Vital statistics of India. Vol. IV, Annual returns from 1871 to 1876. British Army of India, Native Army and jails of Bengal
Year: 1871
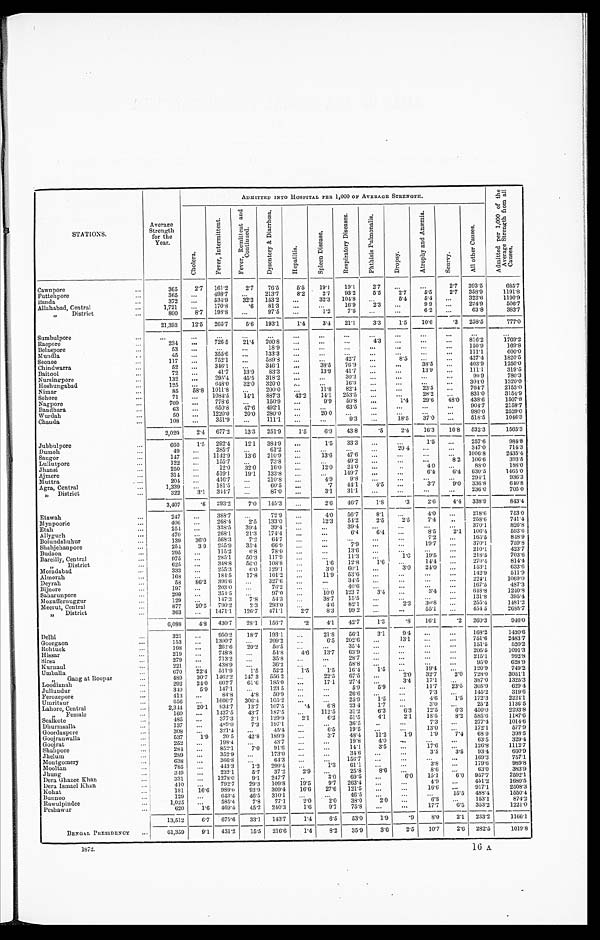
STATIONS.
Average
Strength
for the
Year.
ADMITTED INTO HOSPITAL PER 1,000 OF AVERAGE STRENGTH.
A d m i t t e d p e r 1 , 0 0 0 o f t h e A v e r a g e S t r e n g t h f r o m a l l C a u s e s .
C h o l e r a .
F e v e r , I n t e r m i t t e n t .
F e v e r , R e m i t t e n t a n d C o n t i n u e d .
D y s e n t e r y & D i a r r h œ a .
H e p a t i t s .
S p l e e n D i s e a s e .
R e s p i r a t o r y D i s e a s e s .
P h t h i s i s P u l o m o n a l i s .
D r o p s y .
A t r o p h y a n d A n æ m i a .
S c u r v y .
A l l o t h e r C a u s e s .
Cawnpore . . .
365
2.7
161.2
2.7
76.5
5.5
19.1
19.1
2.7
. . .
. . .
2.7 393.5
685.7
Futtehpore . . .
365
. . . 498.7
. . . 213.7
8.2
2.7
93.2
5.5
2.7
5.5
2.7
358.9
1191.8
Banda . . .
372
. . . 534.9
32.3
1 5 3 . 2
. . .
32.3
104.8
. . .
5.4
5.4
. . . 322.6
1190.9
Allahabad, Central . . .
1,721
. . . 170.8
.6
81.3
. . .
. . .
16.9 2.3
. . .
9.9
. . . 224.9
506.7
" District . . .
800
8.7
198.8
. . . 97.5
. . .
1.2
7.5
. . .
. . .
6.2
. . . 63.8
383.7
21,393
12.5 265.7
5.6
193.1
1.4
3.4
21.1
3.3
1.5
10.6
.3
258.5
777.0
Sumbulpore . . .
. . .
. . . . . .
. . .
. . .
. . .
. . .
. . .
. . .
. . .
. . .
. . .
. . .
. . .
Raepore . . .
234
. . . 726.5
21.4 200.8
. . .
. . .
. . .
4.3
. . .
. . .
. . . 816.2
1 7 6 9 . 2
Belaspore . . .
53
. . .
. . .
. . .
18.9
. . .
. . .
. . .
. . .
. . .
. . .
. . . 150.9
1 6 9 . 8
Mundla . . .
45
. . . 355.6
. . . 133.3
. . .
. . .
. . .
. . .
. . .
. . .
. . . 111.1
600.0
Seonee . . .
117
. . . 752.1
. . . 589.8
. . .
. . .
42.7
. . .
8.5
. . .
. . .
427. 4
1820.5
Chindwarra . . .
52
. . . 346.1
. . . 346.1
. . .
38.5
7 6 . 9
. . .
. . .
38.5
. . . 403.9
1250.0
Baitool . . .
72
. . . 41.7
13.9
8 3 . 3
. . .
13.9
41.7
. . .
. . .
13.9
. . . 111.1
319.5
Nursingpore . . .
132
. . . 295.4
45.5
318.2
. . .
. . .
30.3
. . .
. . .
. . .
. . .
90.9
780.3
Hoshungabad . . .
125
. . . 648.0
32.0 320.0
. . .
. . .
16.0
. . .
. . .
. . .
. . . 304.0
1320.0
Nimar . . .
85
58.8 1011.8
. . . 200.0
. . .
11.8
82.4
. . .
. . .
23.5
. . . 764.7
2153.0
Sehore . . .
71
. . . 1084.5
14.1
887.3
4 2 . 2
1 4 . 1 253.5
. . .
. . .
28.2
. . . 831.0
3154.9
Nagpore . . .
709
. . . 778.6
. . .
150. 9
. . .
9.9
50.8
. . .
1.4
29.6
48.0
438.6
1507.8
Bandhara . . .
63
. . .
650.8
4 7 . 6 492.1
. . .
. . .
63.5
. . .
. . .
. . .
. . . 904.7
2158.7
Wurdah . . .
50
. . . 1220.0
20.0
280.0
. . .
20.0
. . .
. . .
. . .
. . .
. . . 980.0
2520.0
Chanda . . .
108
. . . 351.9
. . . 111.1
. . .
. . .
9.3
. . .
18.5
37.0
. . . 518.5
1046.3
2,029
2.4
677.2
13.3
251.9
1.5
6.9
43.8
.5
2.4
16.3
16.8
532.3
1565.3
Jubbulpore . . .
660
1.5
292.4
12.1
384.9
. . .
1.5
33.3
. . .
. . .
1.5
. . .
257.6
984.8
Dumoh . . .
49
. . . 285.7
. . .
61.2
. . .
. . .
. . .
. . .
20.4
. . .
. . . 347.0
714.3
Saugor . . .
147
. . . 1142.9
13.6
210.9
. . .
13.6
47.6
. . .
. . .
. . .
. . . 1006.8
2435.4
Lullutpore . . .
122
. . 155.7
. . .
73.8
. . .
. . .
49.2
. . .
. . .
. . .
8.2
106.6
393.5
Jhansi . . .
250
. . .
12.0
32.0
16.0
. . .
12.0
24.0
. . .
. . .
4.0
. . .
88.0
188.0
Ajmere . . .
314
. . . 519.1
19.1
133.8
. . .
. . .
149.7
. . .
. . .
6.4
6.4
630.5
1465.0
Muttra . . .
204
. . . 416.7
. . .
210.8
. . .
4.9
9.8
. . .
. . .
. . .
. . . 294.1
936.3
Agra, Central . . .
1,339
. . . 181.5
. . .
60.5
. . .
.7
44.1
4.5
. . .
3.7
9.0
336.8
640.8
" District . . .
322
3.1
3 4 4 . 7
. . .
87.0
. . .
3.1
31.1
. . .
. . .
. . .
. . . 236.0
705.0
3,407
.6
293.2
7.0
145.3
. . .
2.6
46.7
1.8
.3
2.6
4.4 338.9
843.4
Etawah . . .
247
. . . 388.7
. . .
72.9
. . .
4 . 0
56.7
8.1
. . .
4 . 0
218.6
218.6
753.0
Mynpoorie . . .
406
. . . 268.4
2.5 133.0
. . .
12.3
54.2
2.5
2.5
7.4
. . . 258.6
741.4
Etah . . .
254
. . . 338.5
39.4
39.4
. . .
. . .
39.4
. . .
. . .
. . .
. . . 370.1
826.8
Allygurh
. . .
470
. . . 268.1
21.3
174.4
. . .
. . .
6.4
6.4
. . .
8.5
2.1 106.4
593.6
Bolundshuhur . . .
139
36.0
568.3
7.2
64.7
. . .
. . .
. . .
. . .
. . .
7.2
. . . 165.5
848.9
Shahjehanpore
254
3.9 255.9
35.4
66.9
. . .
. . .
7.9
. . .
. . .
19.7
. . . 370.l
759.8
Budaon . . .
295
. . . 115.2
6.8
78.0
. . .
. . .
13.6
. . .
. . .
. . .
. . . 210.1
423.7
Bareilly, Central . . .
975
. . . 285.1
50.3
117.9
. . .
. . .
11.3
. . .
1.0
19.5
. . . 218.5
703.6
" District . . .
625
. . . 348.8
56.0
108.8
. . .
1.6
12.8
1.6
. . .
1 4 . 4
. . .
2 7 0 . 4
8 1 4 . 4
Moradabad . . .
333
. . . 255.3
6.0
129.1
. . .
3.0
60.1
. . .
3.0 24.0
. . .
1 5 3 . 1
6 3 3 . 6
Almorah . . .
168
. . . 184.5
17.8
101.2
. . .
11.9
53.6
. . .
. . .
. . .
. . .
1 4 2 . 9
5 1 1 . 9
Deyrah . . .
53
86.2
396.6
. . .
327.6
. . .
. . .
34.5
. . .
. . .
. . .
. . .
2 2 4 . 1
1 0 6 9 . 0
Bijnore . . .
197
. . . 203.0
. . .
76.2
. . .
. . .
40.6
. . .
. . .
. . .
. . .
1 6 7 . 5
487.3
Saharunpore . . .
299
. . . 354.5
. . .
97.0
. . .
10.0 123.7
3.4
. . .
3 . 4
. . .
6 4 8 . 8
1 2 4 0 . 8
Mozuffernuggur . . .
129
. . . 147.3
7.8
54.3
. . .
38.7
15.5
. . .
. . .
. . .
. . .
1 3 1 . 8
3 9 5 . 4
Meerut, Central . . .
877
20.5 790.2
2.3
293.0
. . .
4.6
82.1
. . .
2 . 3
3 0 . 8
. . .
2 5 5 . 4
1 4 8 1 . 2
" District . . .
363
. . . 1471.1
126.7 471.1
2.7
8.3
99.2
. . .
. . .
5 5 . 1
. . .
4 5 4 . 5
2 9 8 8 . 7
6,088
4.8 430.7
28.1
156.7
.2
4.1
42.7
1.3
. 8
16.1
.2
260.3
946.0
Delhi . . .
321
. . . 950.2
18.7
193.1
. . .
21.8
56.1
3.1
9.4
. . .
. . . 168.2
1420.6
Goorgaon . . .
153
. . . 1300.7
. . .
209.2
. . .
6.5
202.6
. . .
13.1
. . .
. . .
7 5 1 . 6
2 4 8 3 . 7
Rohtuck . . .
198
. . . 262.6
20.2
50.5
. . .
. . .
35.4
. . .
. . .
. . .
. . .
1 5 1 . 5
5 2 0 . 2
Hissar . . .
219
. . . 748.8
. . .
54.8
4.6
13.7
6 3 . 9
. . . . . .
. . .
. . .
2 0 5 . 5
1 0 9 1 . 3
Sirsa . . .
279
. . . 713.2
. . .
3 5 . 8
. . .
. . .
2 8 . 7
. . .
. . .
. . .
. . .
2 1 5 . 1
9 9 2 . 8
Kurnaul . . .
221
. . . 438.9
. . .
36.2
. . .
. . .
58.8
. . .
. . .
. . .
. . .
9 5 . 0
6 2 8 . 9
Umballa . . .
670
22.4
511.9
1.5
52.2
1.5
1.5
16.4
1.5
. . .
1 9 . 4
. . .
1 2 0 . 9
7 4 9 . 2
" Gang at Roopar . . .
489
30.7 1462.2
147.3
556.2
. . .
22.5
67.5
. . .
2 . 0
3 2 . 7
2 . 0
7 2 8 . 0
3 0 5 1 . 1
Loodianah . . .
292
24.0 602.7
61.6
185.0
. . .
17.1
27.4
. . .
3 . 4
17.1
. . .
3 8 7 . 0
1 3 2 5 . 3
Jullundur . . .
340
5.9
147.1
. . .
123.5
. . .
. . .
5.9
5 . 9
. . .
11.7
23.5
3 0 5 . 9
6 2 9 . 4
Ferozepore . . .
413
. . .
84.8
4.8
50.9
. . .
. . .
26.6
. . .
. . .
7 . 3
. . .
1 4 5 . 2
3 1 9 . 6
Umritsur . . .
656
. . . 1606.7 306.4
105.2
. . .
. . .
25.9
1.5
. . .
4 . 6 .
1 . 5
1 7 2 . 3
2 2 2 4 . 1
Lahore, Central . . .
2,314
20.1
934.7
13.7
107.5
. 4
6.8
23.4
1.7
. . .
3.0
. . .
25.2
1136.5
Female . . .
160
. . . 1437.5
43.7
187.5
. . .
112.5
31.2
6.3
6.3
12.5
6.3
450.0
2293.8
Sealkote . . .
485
. . . 377.3
2.1
129.9
2.1
6.2
51.5
4 . 1
2 . 1
18.5
8.2
585.6
1187.6
Dhurrosalla . . .
137
. . . 489.0
7.3
197.1
. . .
. . .
36.5
. . .
. . .
7 . 3
. . .
2 7 7 . 4
1014.6
Goordaspore . . .
308
. . . 321.4
. . .
45.4
. . .
6.5
19.5
. . .
. . .
1 3 . 0
. . .
1 7 2 . 1
5 7 7 . 9
Goojranwalla . . .
537
1.9
20.5
42.8
189.9
. . .
3.7
48.4
11.2
1 . 91.9
7 . 4
68.9
3 9 8 . 5
Goojrat . . .
252
. . . 198.4
. . .
13.7
. . .
. . .
19.8
4 . 0
. . .
. . .
. . .
6 3 . 5
329.4
Shalipore . . .
284
. . . 852.1
7.0
91.6
. . .
. . .
14.1
3 . 5
. . .
1 7 . 6
. . .
1 2 6 . 8
1 1 1 2 . 7
Jhelum . . .
289
. . . 352.9
. . .
173.0
. . .
. . .
3 4 . 6
. . .
. . .
3 . 5
3.5
9 3 . 4
6 6 0 . 9
Montgomery . . .
6.38
. . . 350.8
. . .
64.3
. . .
. . .
1 5 6 . 7
. . .
. . .
. . .
. . .
1 6 9 . 3
7 5 7 . 1
Mooltan . . .
785
. . . 443.3
1.3
299.4
. . .
1 . 3
6 1 . 1
. . .
. . .
3 . 8
. . .
1 7 9 . 6
9 8 9 . 8
Jhung . . .
349
. . . 232.1
5.7
37.2
2.9
. . .
25.8
8.6
. . .
8 . 6
. . .
6 3 . 0
3 8 3 . 9
Dera Ghazee Khan . . .
331
. . . 1278.
9. 247.
. . .
3.0
69.5
. . .
6.0
15.1
6.0
9 5 7 . 7
2592.1
Dera Ismael Khan . . .
410
. . . 792.7
29.3 109.8
19.5
9.7
263.4
. . .
. . .
4 . 9
. . .
4 5 1 . 2
1 6 8 0 . 5
Kohat . . .
181
16.6
989.0
93.9
309.4
16.6
27.6
121.5
. . .
. . .
1 6 . 6
. . .
9 1 7 . 2
2 5 0 8 . 3
Bunnoo . . .
129
. . . 643.4
46.5 310.1
. . .
. . .
46.5
. . .
. . .
. . .
15.5
488.4
1550.4
Rawulpindee . . .
1,025
. . . 581.4
7.8
77.1
2.0
2.0
38.0
2.0
. . .
6 . 8
. . .
1 5 3 . 1
8 7 4 . 2
Peshawur . . .
620
1.6
469.4
45.2
240.3
1.6
9.7
75.8
. . .
. . .
1 7 . 7
6.5
3 5 3 . 2
1 2 2 1 . 0
13,512
6.7
675.6
33.1
148.7
1.4
6 .5
53.0
1.9
.9
8.0
2.1
233.2
1166.1
BENGAL PRESIDENCY
. . .
61,359
9.1
431.2
15.5
216.6
1.4
8.2
35.9
3.6
2.5
10.7
2.6 282.5
1019.8
1872.
1 6 A